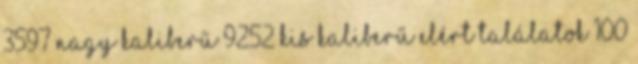
3597 nagy kaliberű 9252 kis kaliberű Elért találatok 100